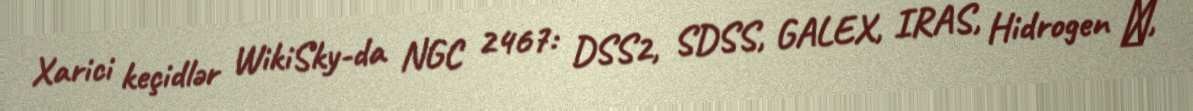
Xarici keçidlər WikiSky-da NGC 2467: DSS2, SDSS, GALEX, IRAS, Hidrogen α,